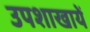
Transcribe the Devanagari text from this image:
उपशाखायें